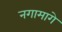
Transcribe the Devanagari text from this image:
नगामागे